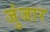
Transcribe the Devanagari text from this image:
जुंजार